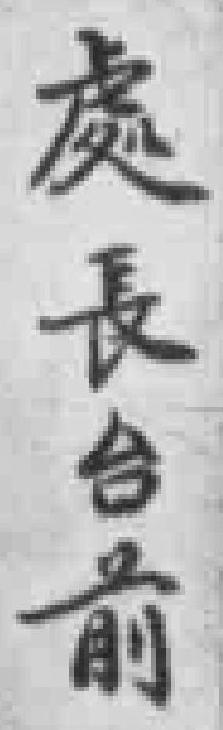
處長台前